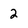
Character: 2